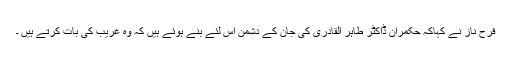
فرح ناز نے کہاکہ حکمران ڈاکٹر طاہر القادری کی جان کے دشمن اس لئے بنے ہوئے ہیں کہ وہ غریب کی بات کرتے ہیں ۔